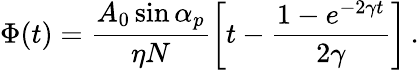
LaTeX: \Phi(t)=\frac{A_{0}\sin\alpha_{p}}{\eta N}\left[t-\frac{1-e^{-2\gamma t}}{2\gamma}\right]\, .